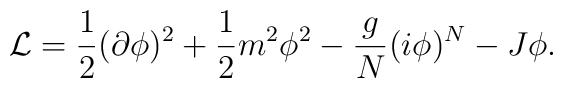
{\cal L}={1\over2}(\partial\phi)^2+{1\over2}m^2\phi^2-{g\over N}(i\phi)^N-J\phi.